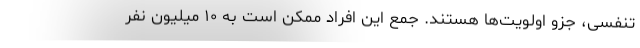
تنفسی، جزو اولویت‌ها هستند. جمع این افراد ممکن است به ۱۰ میلیون نفر